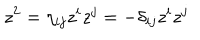
LaTeX: z ^ { 2 } = \eta _ { i j } z ^ { i } z ^ { j } = - \delta _ { i j } z ^ { i } z ^ { j }